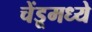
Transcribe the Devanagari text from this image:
चेंडूमध्ये